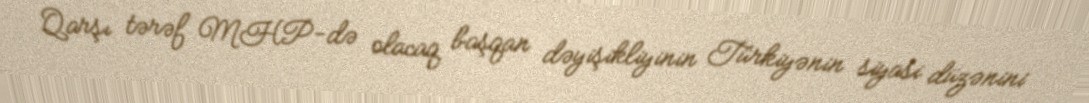
Qarşı tərəf MHP-də olacaq başqan dəyişikliyinin Türkiyənin siyasi düzənini